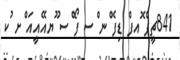
841ޗީފް ޮއފް ޑިފެ ްނ ްސ ފޯ ްސ ޫޔއޭއީއަ ްށ ުކ